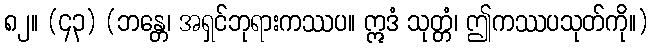
၈၂။ (၄၃) (ဘန္တေ၊ အရှင်ဘုရားကဿပ။ ဣဒံ သုတ္တံ၊ ဤကဿပသုတ်ကို။)